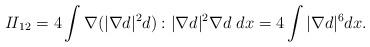
LaTeX: \begin{align*}{I\!I}_{12}=4\int \nabla(|\nabla d|^2 d):|\nabla d|^2 \nabla d \ dx=4\int |\nabla d|^6 dx.\end{align*}